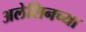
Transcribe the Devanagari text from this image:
अलेशिनच्या